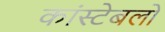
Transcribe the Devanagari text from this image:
कांस्‍टेबलों